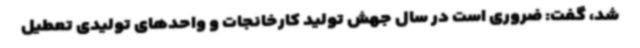
شد، گفت: ضروری است در سال جهش تولید کارخانجات و واحدهای تولیدی تعطیل